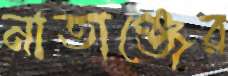
নাতাঞ্জের